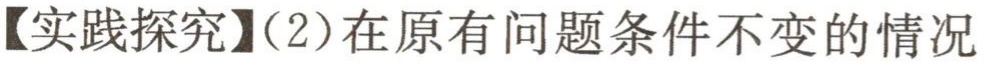
【实践探究】（2）在原有问题条件不变的情况